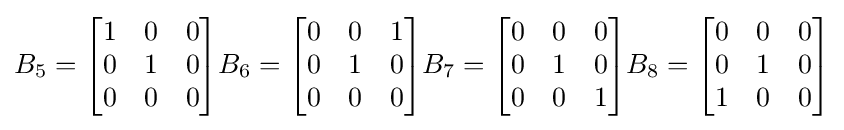
B_{5}={\begin{bmatrix}1&0&0\\0&1&0\\0&0&0\end{bmatrix}}B_{6}={\begin{bmatrix}0&0&1\\0&1&0\\0&0&0\end{bmatrix}}B_{7}={\begin{bmatrix}0&0&0\\0&1&0\\0&0&1\end{bmatrix}}B_{8}={\begin{bmatrix}0&0&0\\0&1&0\\1&0&0\end{bmatrix}}